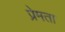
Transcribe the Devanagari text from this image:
प्रेमता